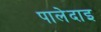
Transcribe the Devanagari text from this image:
पालेदाइ